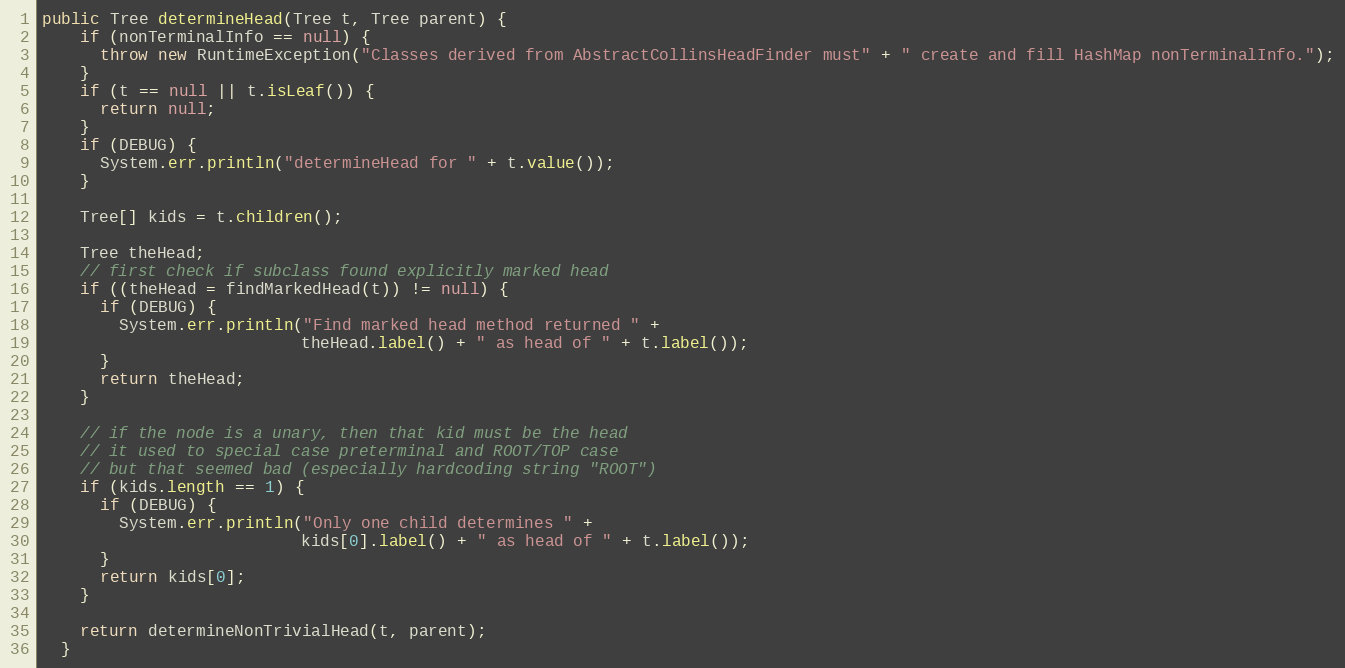
Language: Java
public Tree determineHead(Tree t, Tree parent) {
    if (nonTerminalInfo == null) {
      throw new RuntimeException("Classes derived from AbstractCollinsHeadFinder must" + " create and fill HashMap nonTerminalInfo.");
    }
    if (t == null || t.isLeaf()) {
      return null;
    }
    if (DEBUG) {
      System.err.println("determineHead for " + t.value());
    }

    Tree[] kids = t.children();

    Tree theHead;
    // first check if subclass found explicitly marked head
    if ((theHead = findMarkedHead(t)) != null) {
      if (DEBUG) {
        System.err.println("Find marked head method returned " +
                           theHead.label() + " as head of " + t.label());
      }
      return theHead;
    }

    // if the node is a unary, then that kid must be the head
    // it used to special case preterminal and ROOT/TOP case
    // but that seemed bad (especially hardcoding string "ROOT")
    if (kids.length == 1) {
      if (DEBUG) {
        System.err.println("Only one child determines " +
                           kids[0].label() + " as head of " + t.label());
      }
      return kids[0];
    }

    return determineNonTrivialHead(t, parent);
  }